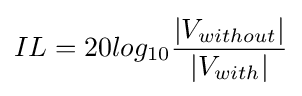
IL=20log_{10}{\frac {|V_{without}|}{|V_{with}|}}